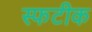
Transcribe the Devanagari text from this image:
स्फटीक